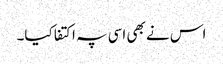
اس نے بھی اسی پہ اکتفا کیا۔